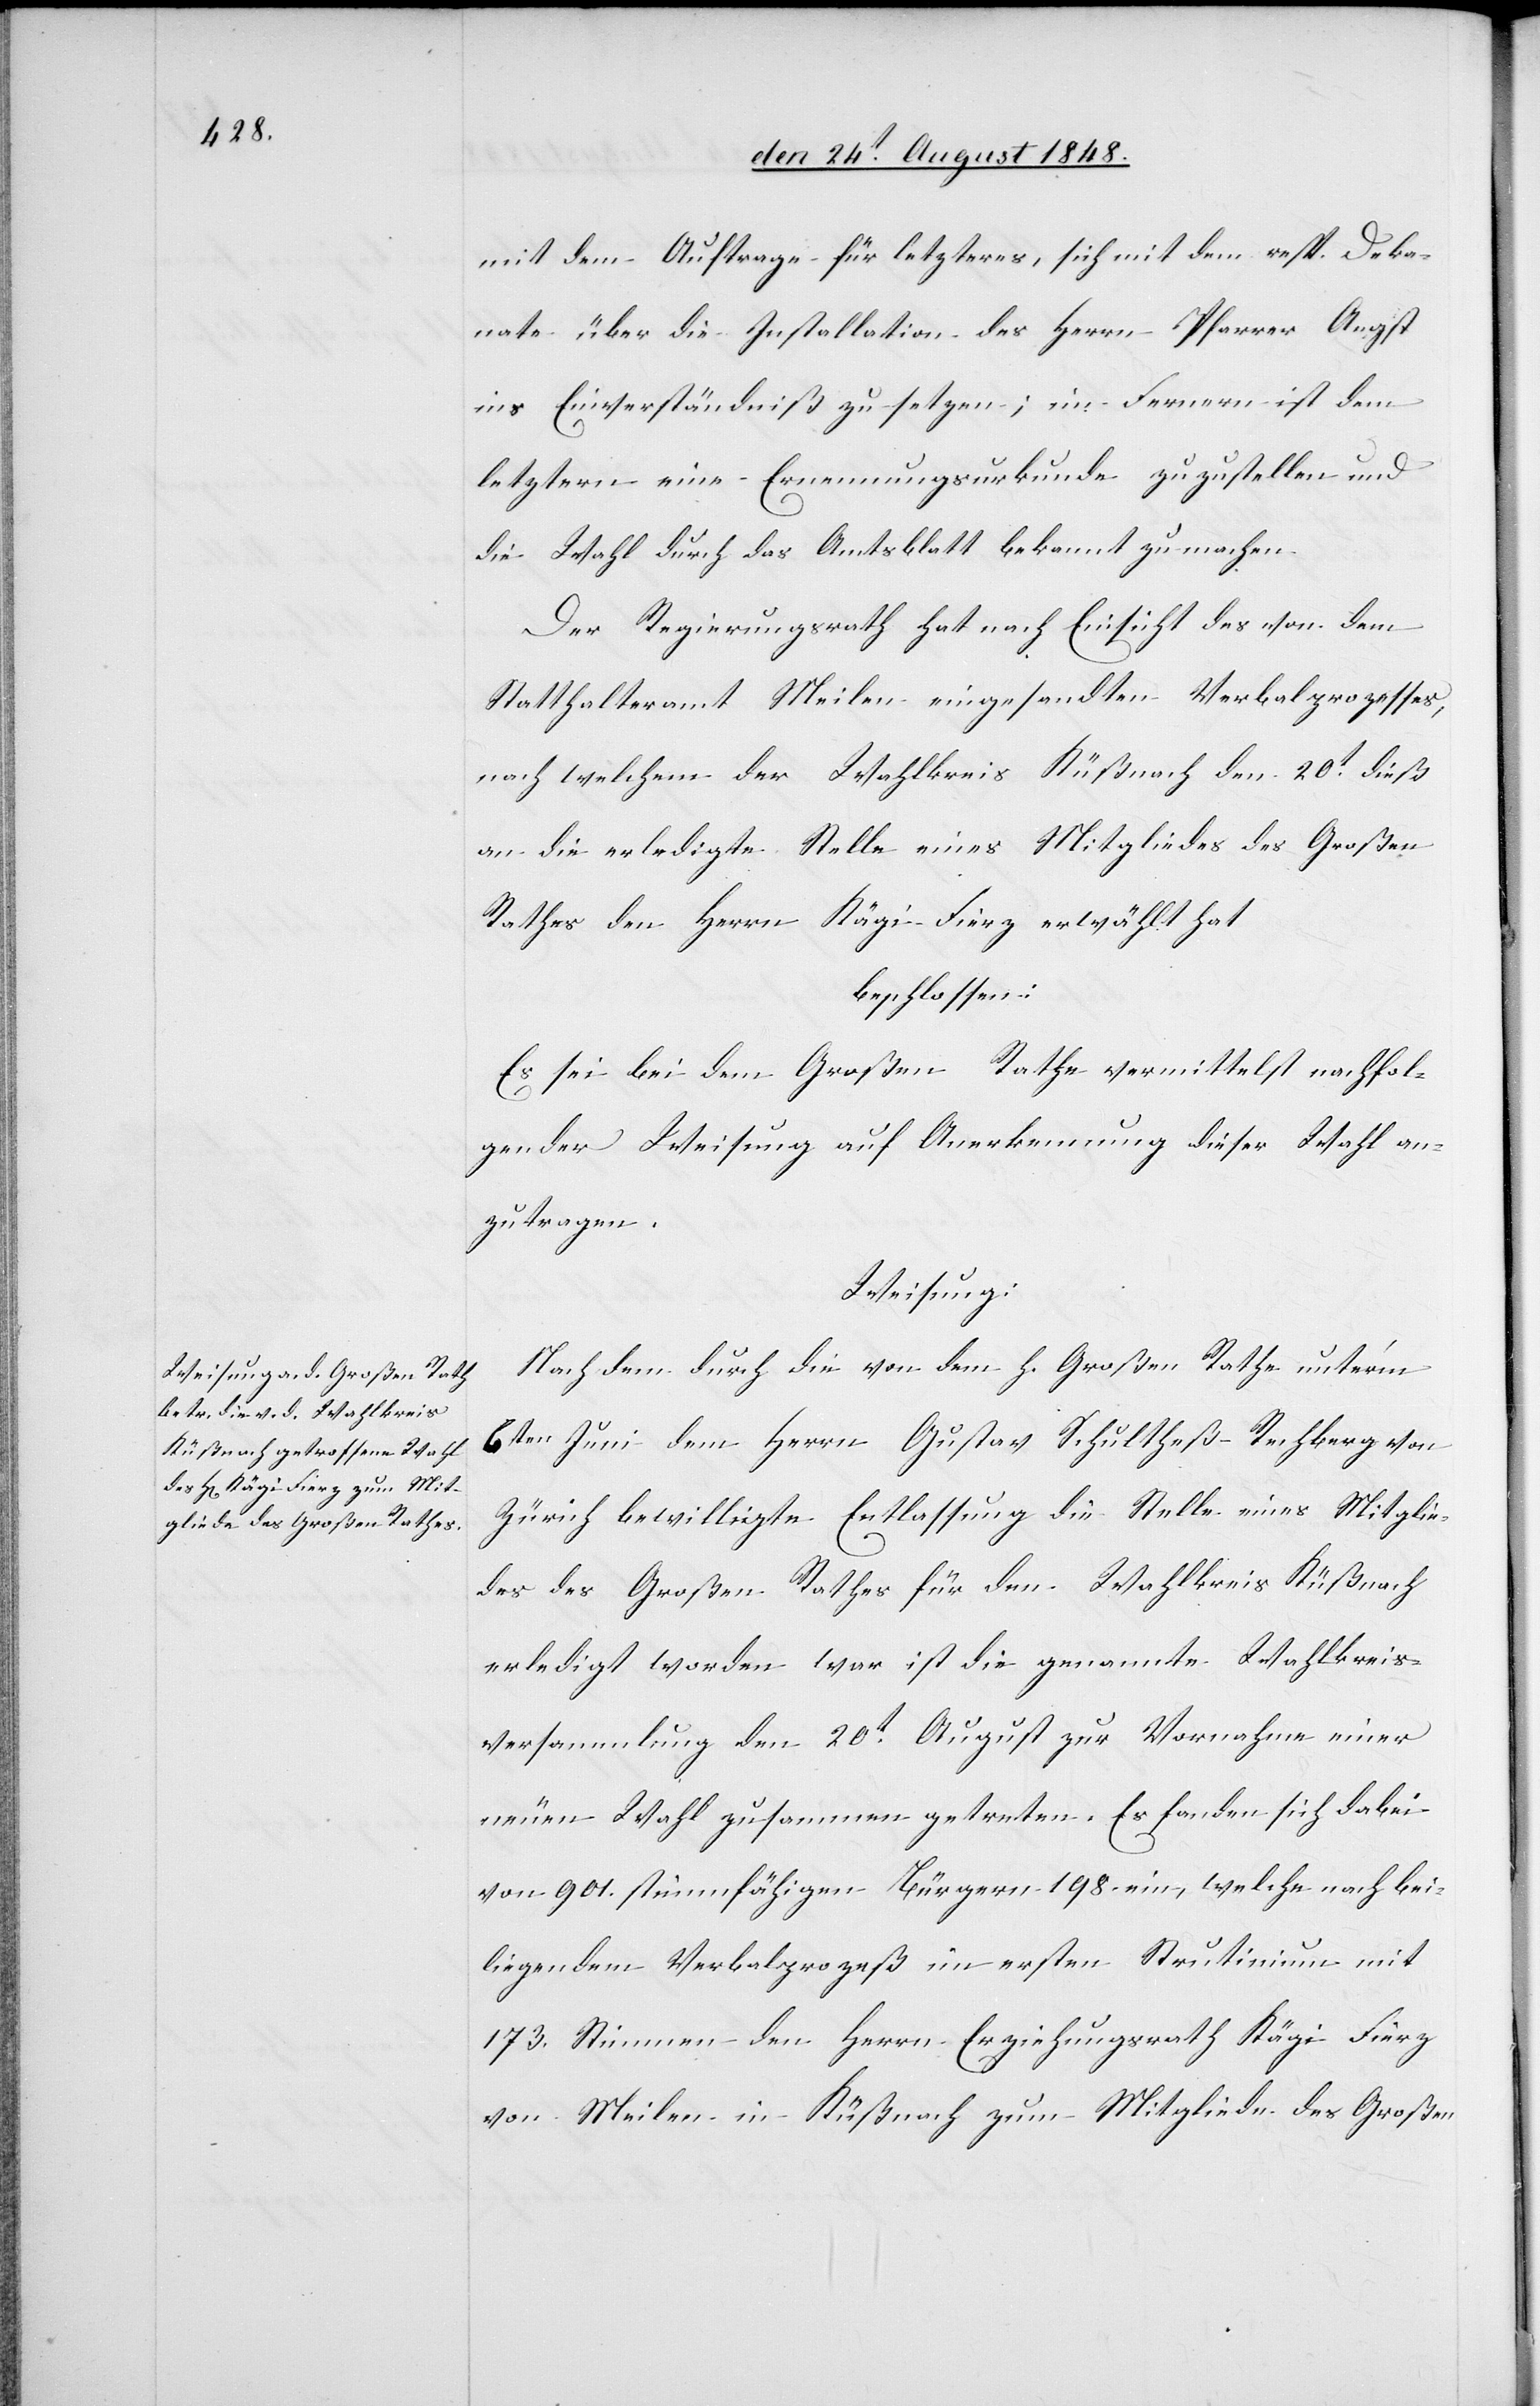
mit dem Auftrage für letzteres, sich mit dem resp. Deka¬
nate über die Installation des Herrn Pfarrer Angst
ins Einverständniß zu setzen; im Fernern ist dem
letztern eine Ernennungsurkunde zuzustellen und
die Wahl durch das Amtsblatt bekannt zu machen.
Der Regierungsrath hat nach Einsicht des von dem
Statthalteramt Meilen eingesandten Verbalprozesses,
nach welchem der Wahlkreis Küßnach den 20t dieß
an die erledigte Stelle eines Mitgliedes des Großen
Rathes den Herrn Kägi-Fierz erwählt hat
beschlossen:
Es sei bei dem Großen Rathe vermittelst nachfol¬
gender Weisung auf Anerkennung dieser Wahl an¬
zutragen
Weisung:
Nach dem durch die von dem h. Großen Rathe unter’m
6ten Juni dem Herrn Gustav Schultheß Rechberg von
Zürich bewilligte Entlassung die Stelle eines Mitglie¬
des des Großen Rathes für den Wahlkreis Küßnach
erledigt worden war ist die genannte Wahlkreis¬
versammlung den 20te August zur Vornahme einer
neuen Wahl zusammen getreten. Es fanden sich dabei
von 901. stimmfähigen Bürgern 198. ein, welche nach bei¬
liegendem Verbalprozeß im ersten Strutinium
173. Stimmen den Herrn Erziehungsrath Kägi Fierz
von Meilen in Küßnach zum Mitglied des Großen